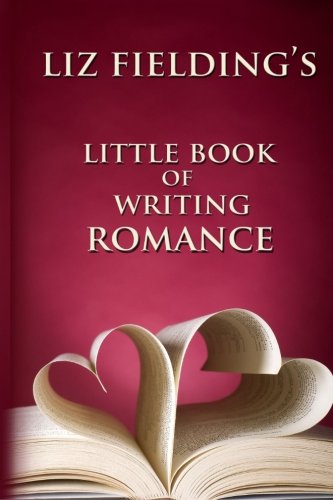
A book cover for Liz Fielding's Little Book of Writing Romance; Liz Fielding; Romance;